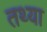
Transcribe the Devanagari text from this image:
तथ्या